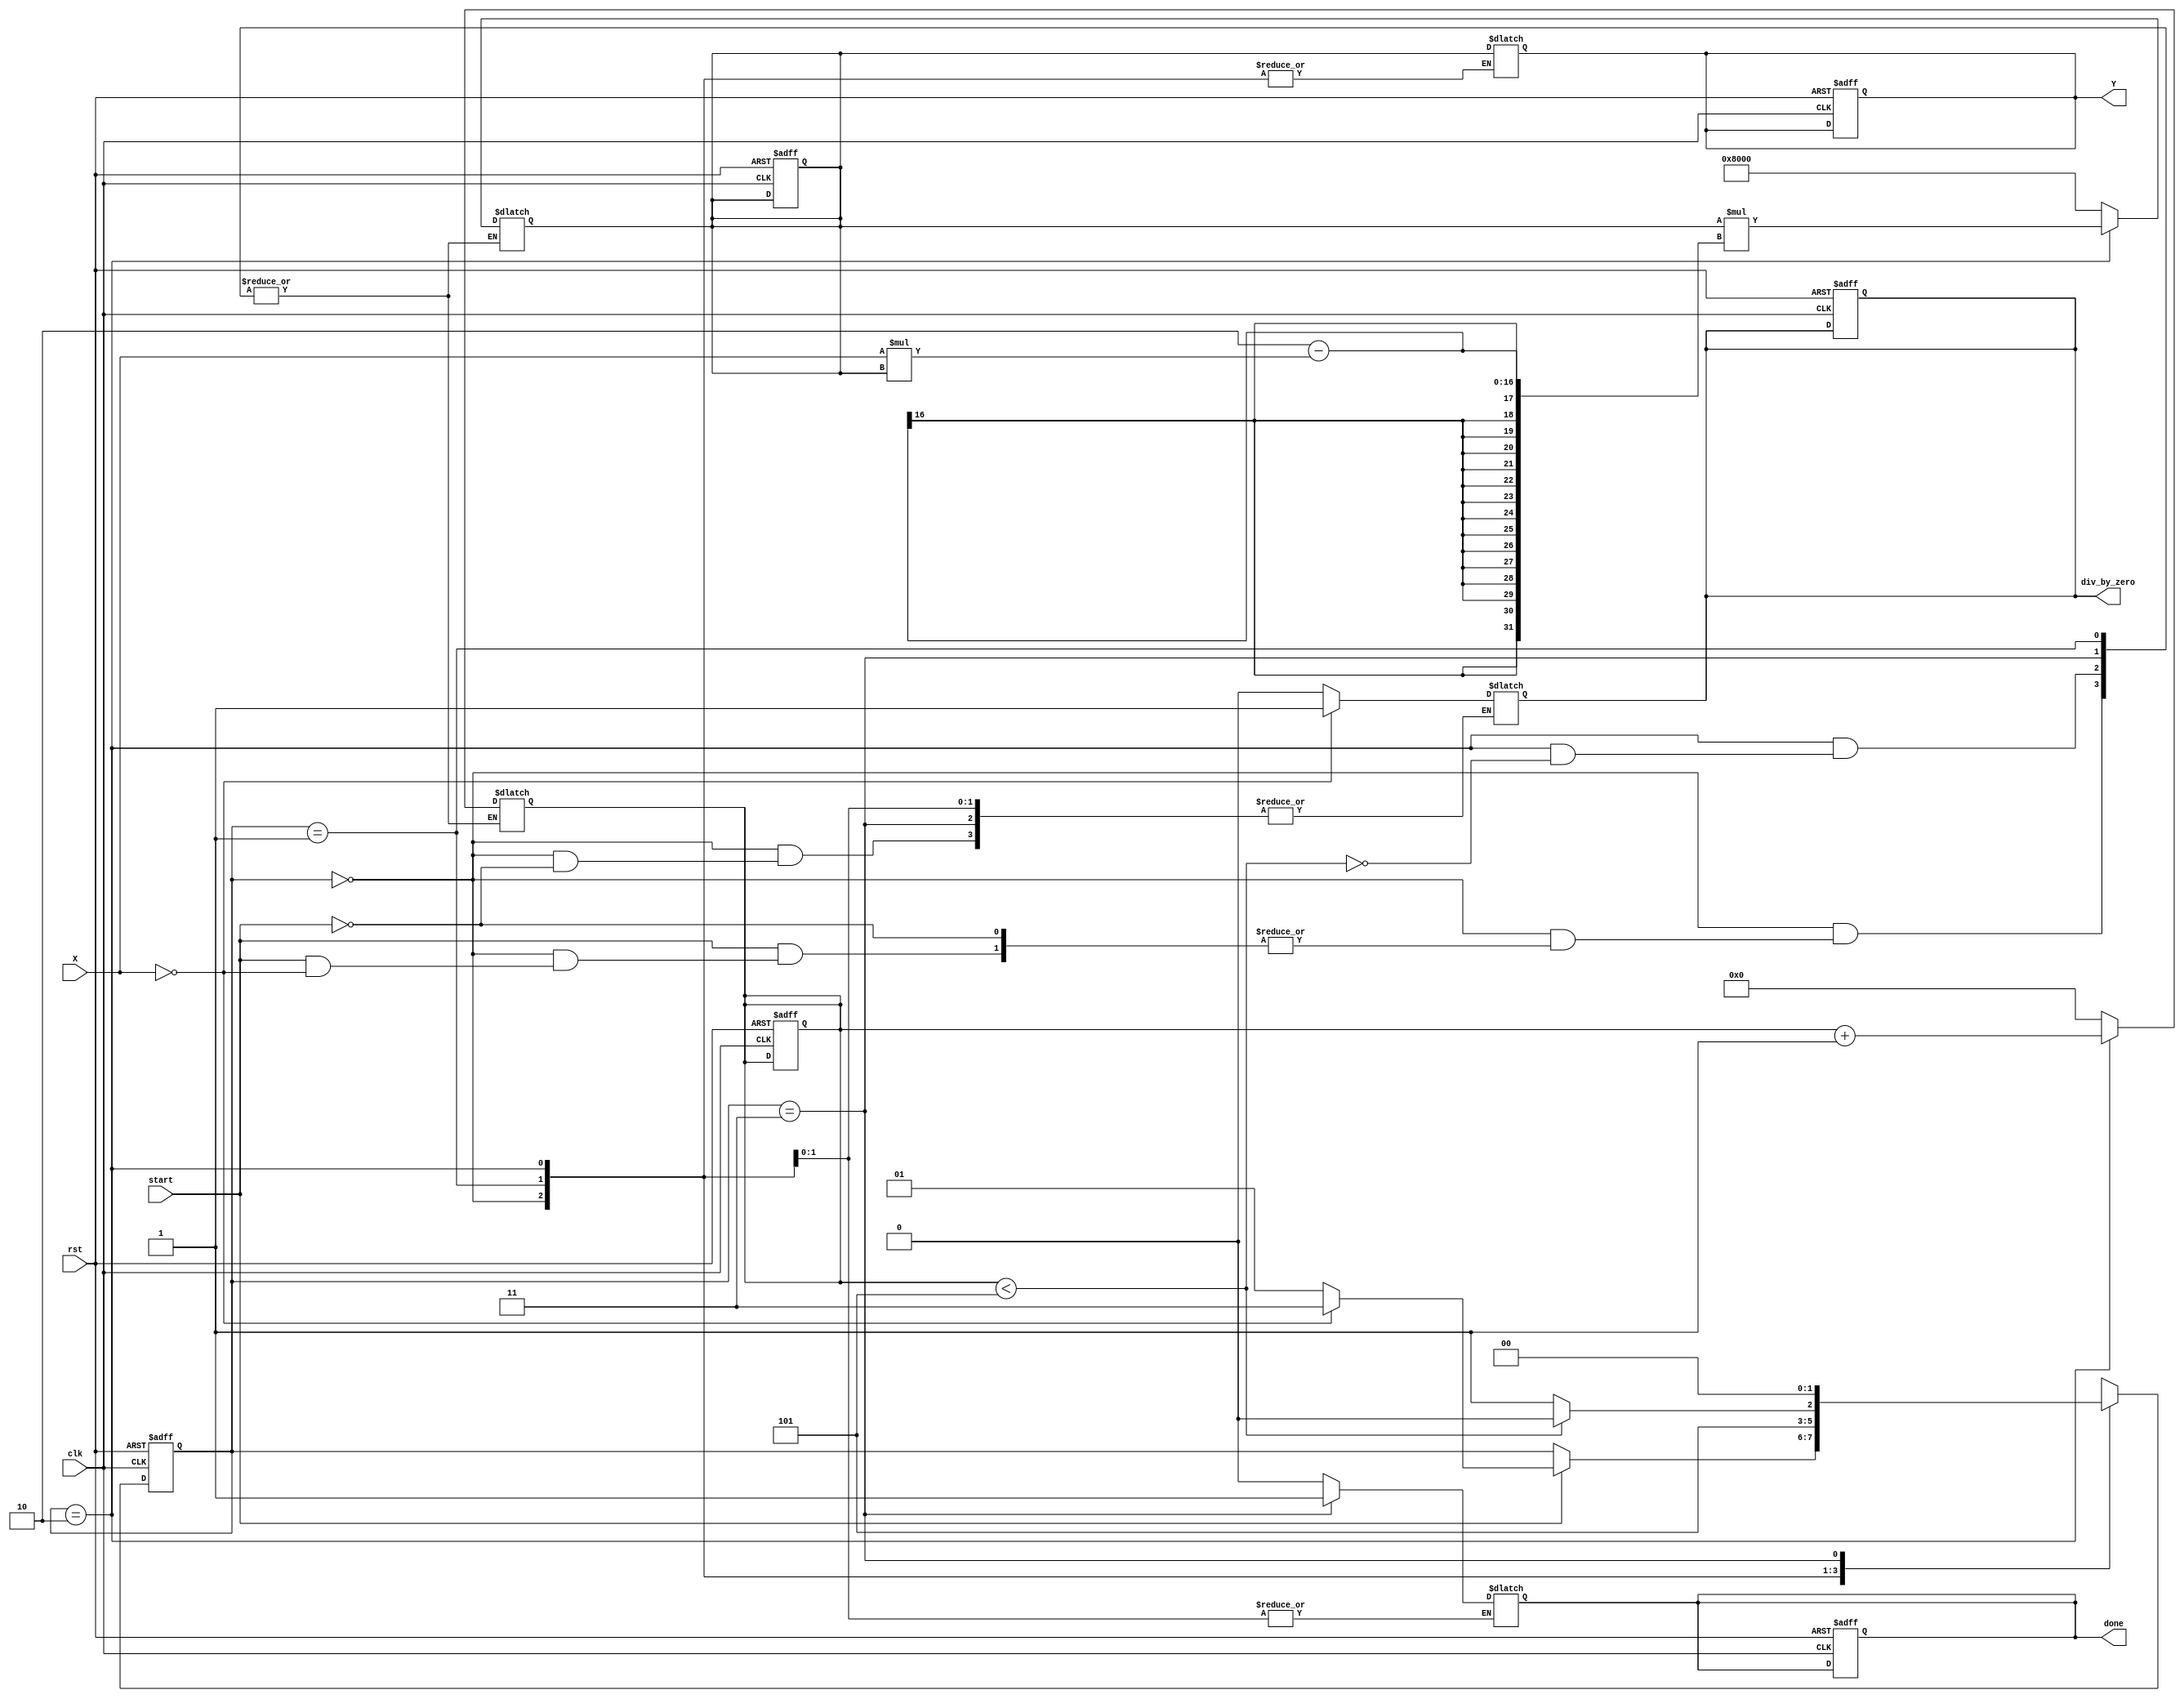
module reciprocal_unit #(parameter WIDTH = 16) (
    input  wire clk,             // Clock signal
    input  wire rst,             // Reset signal
    input  wire [WIDTH-1:0] X,   // Input value (fixed-point or floating-point)
    input  wire start,           // Start signal for the computation
    output reg [WIDTH-1:0] Y,    // Output reciprocal value
    output reg done,             // Done signal
    output reg div_by_zero       // Division by zero indicator
);

    localparam IDLE      = 2'b00;
    localparam INIT      = 2'b01;
    localparam COMPUTE   = 2'b10;
    localparam FINISH    = 2'b11;

    reg [1:0] state, next_state;
    reg [WIDTH-1:0] estimate;    // Current estimate of the reciprocal
    reg [WIDTH-1:0] X_inv;        // Temporary value for calculation
    reg [4:0] iteration_count;    // Iteration counter

    // FSM to control the operation
    always @(posedge clk or posedge rst) begin
        if (rst) begin
            state <= IDLE;
            done <= 0;
            div_by_zero <= 0;
            estimate <= 0;
            Y <= 0;
            iteration_count <= 0;
        end else begin
            state <= next_state;
        end
    end

    // State transition logic
    always @* begin
        next_state = state;
        case (state)
            IDLE: begin
                done = 0;
                if (start) begin
                    if (X == 0) begin
                        div_by_zero = 1;
                        next_state = FINISH;
                    end else begin
                        div_by_zero = 0;
                        estimate = {1'b1, {WIDTH-1{1'b0}}}; // Initial estimate (1)
                        iteration_count = 0;
                        next_state = INIT;
                    end
                end
            end

            INIT: begin
                next_state = COMPUTE;
            end

            COMPUTE: begin
                if (iteration_count < 5) begin // Fixed number of iterations
                    // Newton-Raphson method: estimate = estimate * (2 - X * estimate)
                    X_inv = X * estimate;
                    estimate = estimate * (2 - X_inv);
                    iteration_count = iteration_count + 1;
                    next_state = COMPUTE;
                end else begin
                    next_state = FINISH;
                end
            end

            FINISH: begin
                Y = estimate;
                done = 1;
                next_state = IDLE; // Go back to IDLE after finishing
            end
        endcase
    end

endmodule